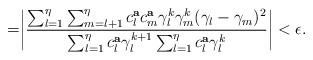
LaTeX: \begin{align*}=\biggr|\frac{\sum_{l=1}^\eta\sum_{m=l+1}^\eta c^{\bf a}_lc^{\bf a}_m\gamma^k_l\gamma^k_m(\gamma_l-\gamma_m)^2}{\sum_{l=1}^\eta c^{\bf a}_l\gamma_l^{k+1}\sum_{l=1}^\eta c^{\bf a}_l\gamma_l^k}\biggr|<\epsilon.\end{align*}